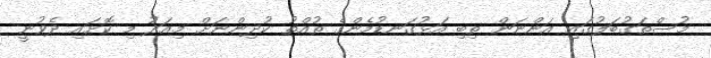
މުސްތަގުބަލުގައި އަންނަން ތިބި އަޅުގަނޑުމެންގެ ތުއްތު ކުދިންނަށް މިއަދު މި ކޮށައި ދެވުނީ